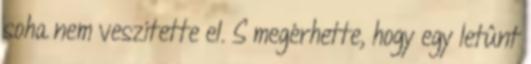
soha nem veszítette el. S megérhette, hogy egy letûnt